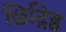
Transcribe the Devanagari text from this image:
छिद्रिष्ठ